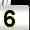
Digit: 5